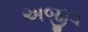
અજીવ